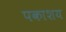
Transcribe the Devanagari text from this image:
पकाशय